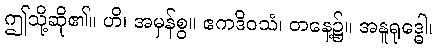
ဤသို့ဆို၏။ ဟိ၊ အမှန်စွ။ ဧကဒိဝသံ၊ တနေ့၌။ အနူရုဒ္ဓေါ၊